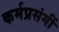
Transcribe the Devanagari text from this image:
कर्मप्रसंगीं